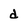
Character: d